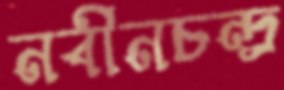
নবীনচন্দ্র